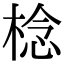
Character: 棯